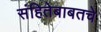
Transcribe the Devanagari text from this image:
संहितेबाबतचे